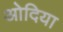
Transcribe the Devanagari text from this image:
ओदिया